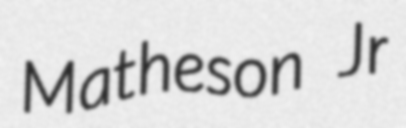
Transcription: Matheson Jr